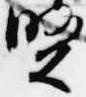
賢